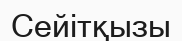
Сейітқызы